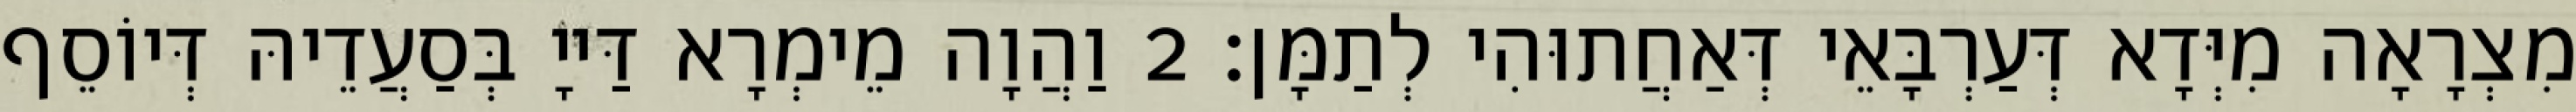
מִצְרָאָה מִיְּדָא דְּעַרְבָּאֵי דְּאַחֲתוּהִי לְתַמָּן׃ 2 וַהֲוָה מֵימְרָא דַּייָ בְּסַעֲדֵיהּ דְּיוֹסֵף